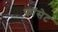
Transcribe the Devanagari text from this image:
फ़ॉसेट